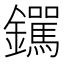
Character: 𫓟